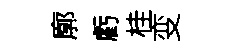
廓虧桂变